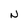
Character: N